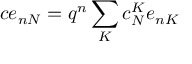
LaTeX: c e _ { n N } = q ^ { n } \sum _ { K } c _ { N } ^ { K } e _ { n K }